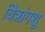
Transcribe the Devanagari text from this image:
चित्रांगशु